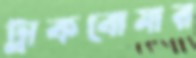
ট্রাকবোমার